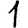
Digit: 1